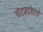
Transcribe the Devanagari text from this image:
चंडप्रद्योताचे